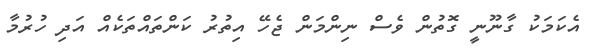
އެކަމަކު ގާނޫނީ ގޮތުން ވެސް ނިންމަން ޖެހޭ އިތުރު ކަންތައްތަކެއް އަދި ހުރުމާ